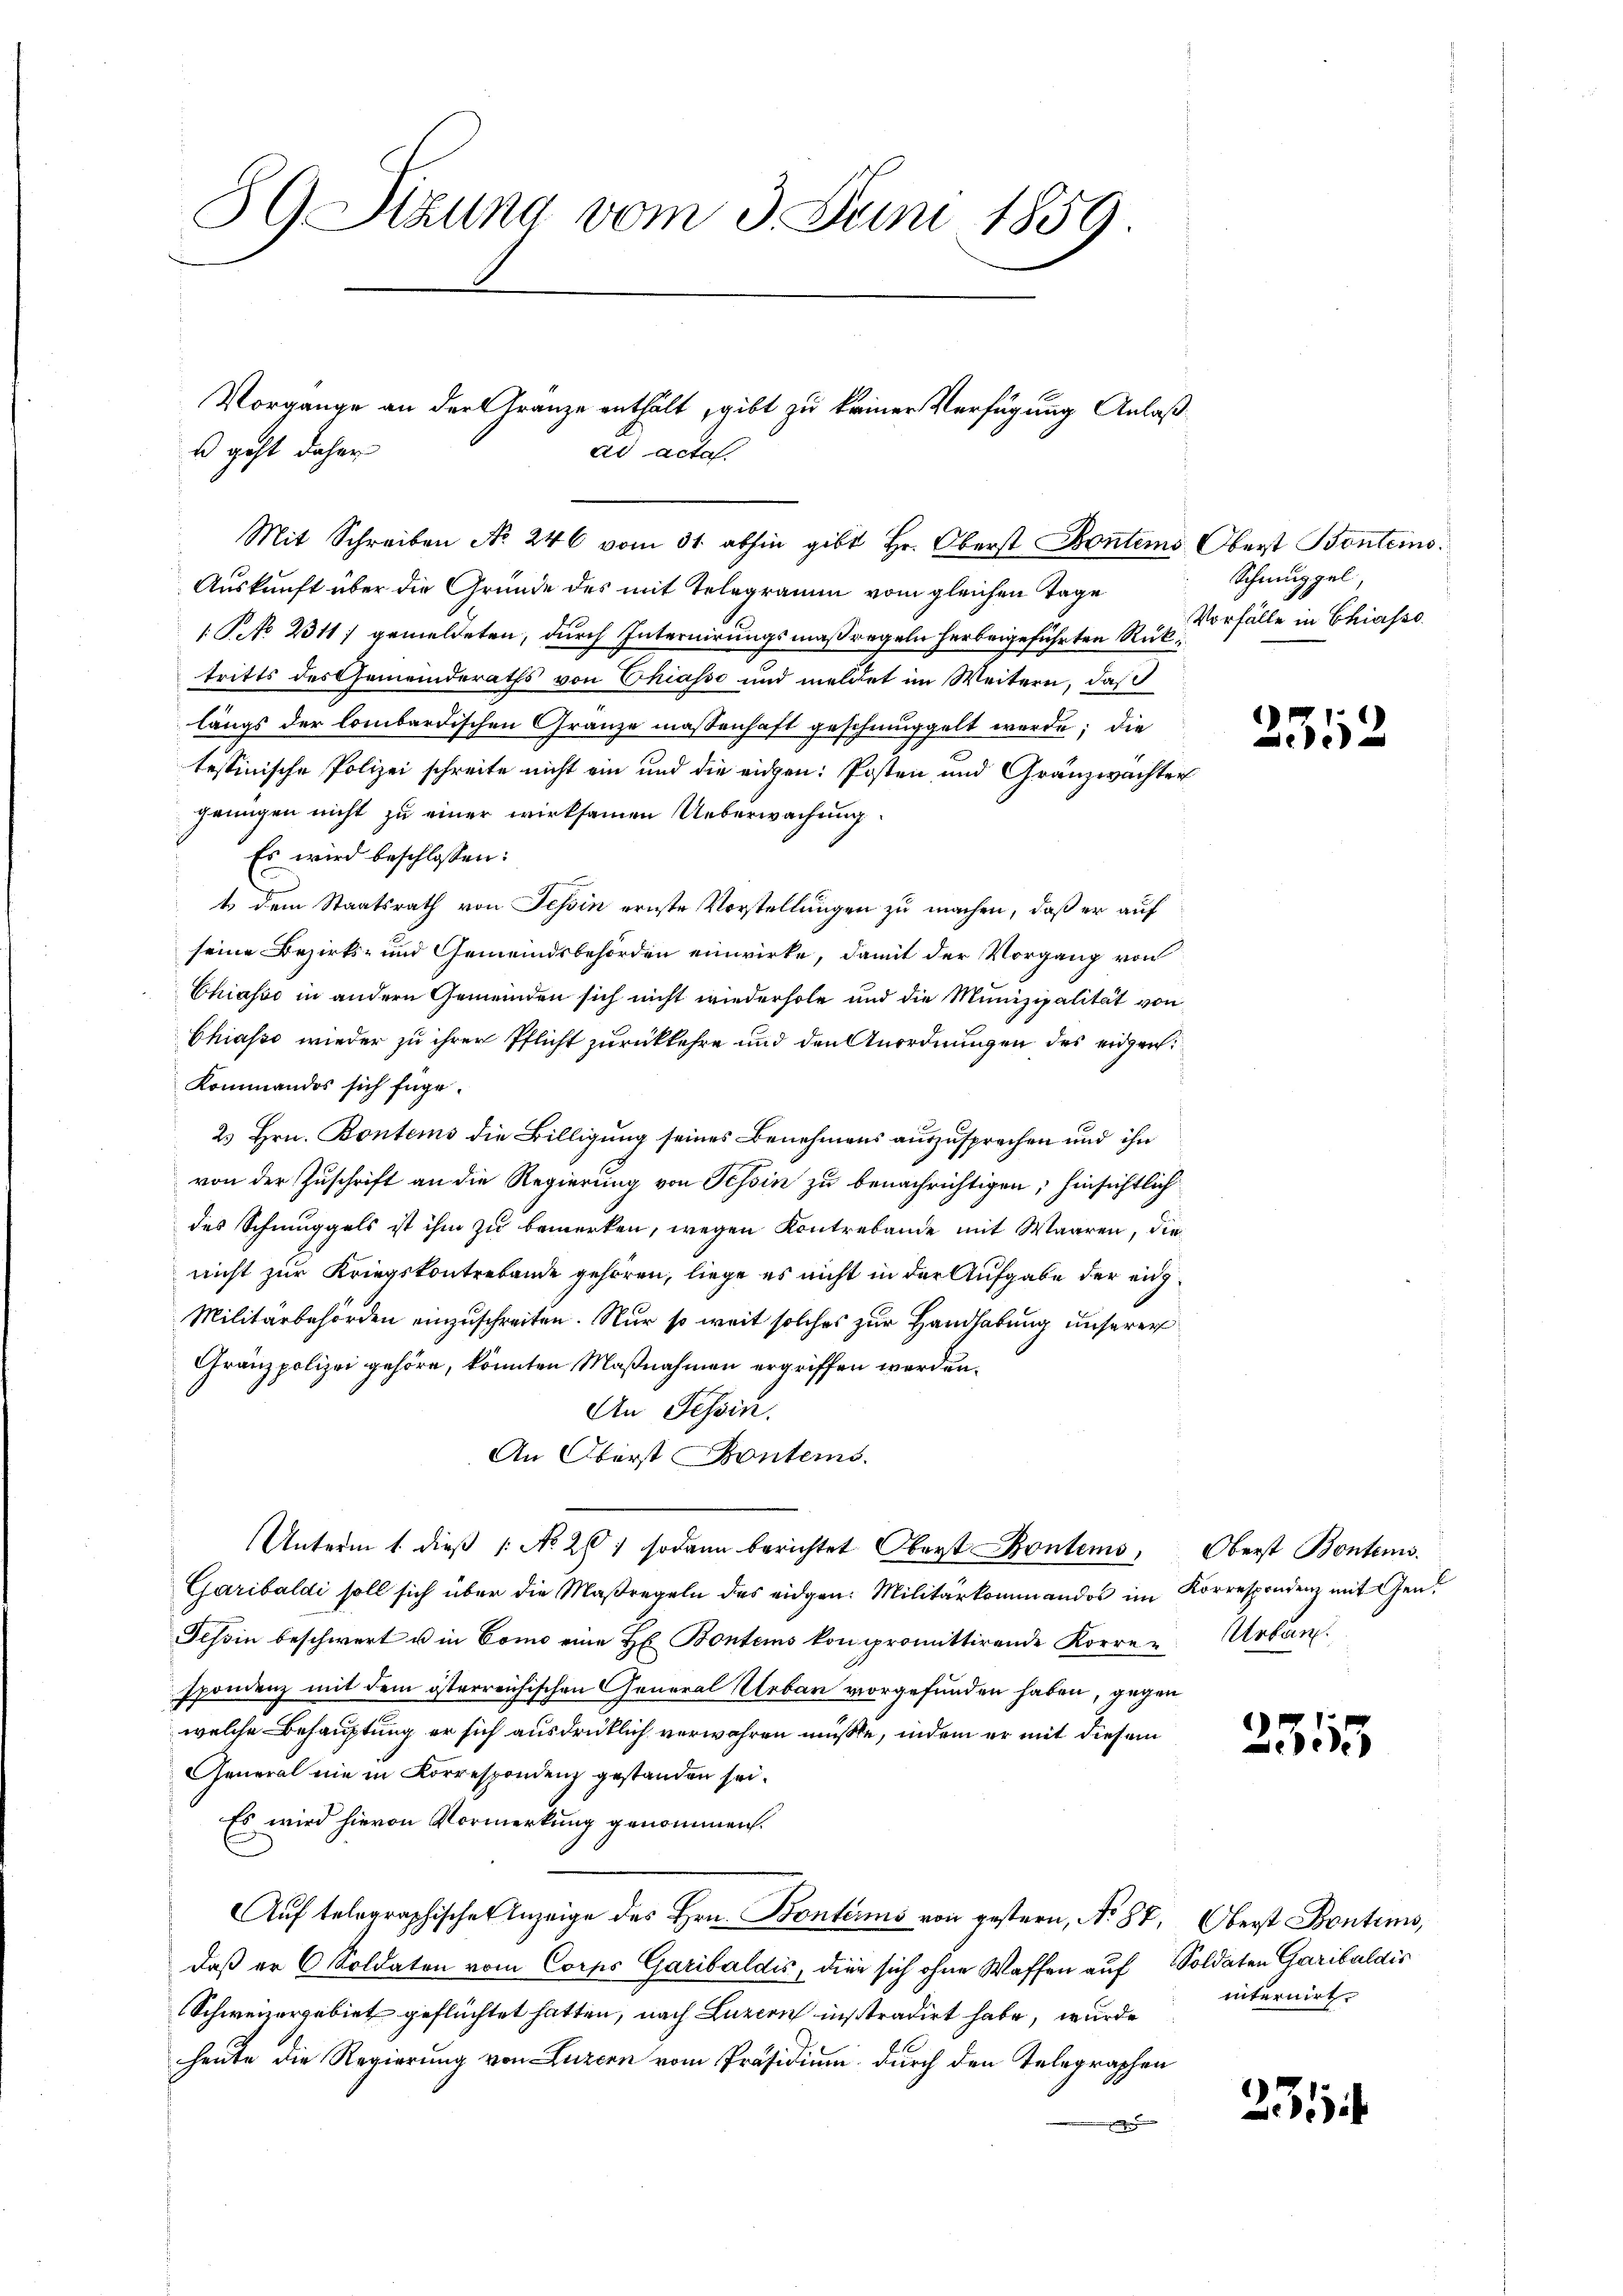
39 Sizung vom 3. Juni 1859.

Vorgange an der Gränze enthält, gibt zu keiner Verfügung Anlaß¬
u geht daher
ad acta.
Mit Schreiben No. 246 vom 31. abhin gibt Hr. Oberst Kontems Oberst Benteins

Auskunft über die Gründe des mit Telegramm vom gleichen Tage
1 No 2311) gemeldeten, durch Internirungsmaßregeln herbeigeführten Rüktritts des Gemeinderaths von Chiasso und meldet im Weitern, daß
längs der lombardischen Gränze massenhaft geschmuggelt werde; die
tessinische Polizei schreite nicht ein und die eidgen: Posten und Gränzwächter
genügen nicht zu einer wirksamen Ueberwachung
Es wird beschlossen:
t dem Staatsrath von Tessin ernste Vorstellungen zu machen, daß er auf
seine Bezirks- und Gemeindsbehörden einwirke, damit der Vorgang von
Chiasso in andern Gemeinden sich nicht wiederhole und die Munizipalität von
Chiasso wieder zu ihrer Pflicht zurückkehre und den Anordnungen des eidgen.
Kommandos sich füge.
23 Hrn. Bontems die Billigung seines Benehmens auszusprechen und ihn
von der Zuschrift an die Regierung von Tessin zu benachrichtigen; hinsichtlich
des Schmuggels ist ihm zu bemerken, wegen Kontrebande mit Waaren, die
nicht zur Kriegskontrebende gehören, liege es nicht in der Aufgabe der eig¬
Militärbehörden einzuschreiten. Nur so weit solches zur Handhabung unserer
Gränzpolizei gehöre, könnten Maßnahmen ergriffen werden.
An Tessin.
An Oberst Pontems.
Unterm 1. dieß (: No 26) sodann berichtet Oberst Kontems,
Garibaldi soll sich über die Maßregeln des eidgen: Militärkommandos im
Tessin beschwert u in Como eine H. Bontems kompromittirende Korre u Urban
spondenz mit dem österreichischen General Urbar vorgefunden haben, gegen
welche Behauptung er sich ausdrücklich verwahren müßte, indem er mit diesem
General nie in Korrespondenz gestanden sei.
Es wird hievon Vormerkung genommen.
Auf telegraphischen Anzeige des Hrn. Bontéris von gestern, No 88, Oberst Bontems,
daß er 6 Soldaten vom Corps Garibaldis, die sich ohne Waffen auf Soldaten Garibaldis
Schweizergebiet geflüchtet hatten, nach Luzern instradirt habe, wurde
heute die Regierung von Luzern vom Präsidium durch den Telegraphen
.

Schnuppel
Vorfälle in Chiasso.

2352

Oberst Bonten.
Korrespondenz mit Gen.

2315

internirt

231